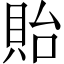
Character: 貽